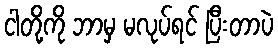
ငါတို့ကို ဘာမှ မလုပ်ရင် ပြီးတာပဲ